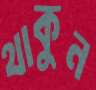
থাকুন